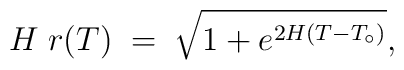
H\;r(T)\;=\;\sqrt{1+e^{2H(T-T_{\circ})}},